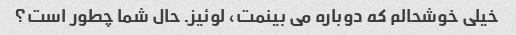
خیلی خوشحالم که دوباره می بینمت، لوئیز. حال شما چطور است؟